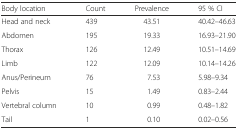
<table><thead><tr><td><b>Body location</b></td><td><b>Count</b></td><td><b>Prevalence</b></td><td><b>95 % CI</b></td></tr></thead><tbody><tr><td>Head and neck</td><td>439</td><td>43.51</td><td>40.42–46.63</td></tr><tr><td>Abdomen</td><td>195</td><td>19.33</td><td>16.93–21.90</td></tr><tr><td>Thorax</td><td>126</td><td>12.49</td><td>10.51–14.69</td></tr><tr><td>Limb</td><td>122</td><td>12.09</td><td>10.14–14.26</td></tr><tr><td>Anus/Perineum</td><td>76</td><td>7.53</td><td>5.98–9.34</td></tr><tr><td>Pelvis</td><td>15</td><td>1.49</td><td>0.83–2.44</td></tr><tr><td>Vertebral column</td><td>10</td><td>0.99</td><td>0.48–1.82</td></tr><tr><td>Tail</td><td>1</td><td>0.10</td><td>0.02–0.56</td></tr></tbody></table>